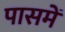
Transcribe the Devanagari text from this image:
पासमें